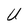
Character: U